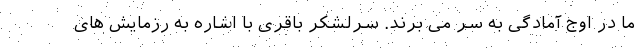
ما در اوج آمادگی به سر می برند. سرلشکر باقری با اشاره به رزمایش های